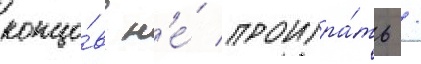
концо́в н'е́ проигра́ть /